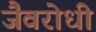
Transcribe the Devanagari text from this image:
जैवरोधी